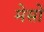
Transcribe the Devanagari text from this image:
मेसों